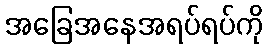
အခြေအနေအရပ်ရပ်ကို